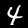
Digit: 4